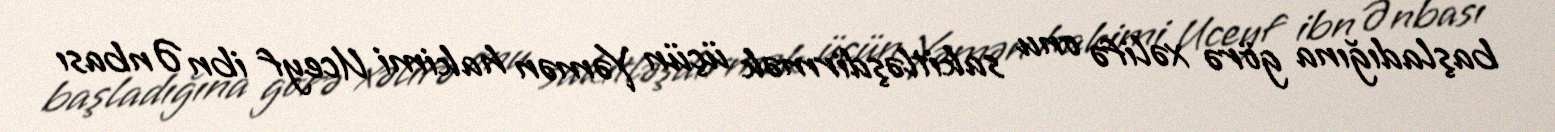
başladığına görə xəlifə onu sakitləşdirmək üçün Yəmən hakimi Uceyf ibn Ənbası